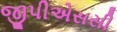
જીપીએસસી